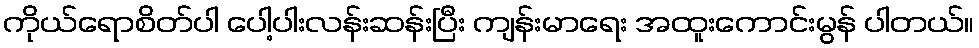
ကိုယ်ရောစိတ်ပါ ပေါ့ပါးလန်းဆန်းပြီး ကျန်းမာရေး အထူးကောင်းမွန် ပါတယ်။